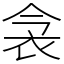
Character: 衾